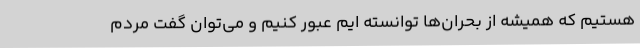
هستیم که همیشه از بحران‌ها توانسته ایم عبور کنیم و می‌توان گفت مردم